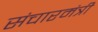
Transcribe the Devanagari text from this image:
संचारमंत्री